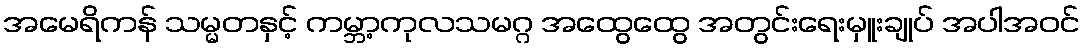
အမေရိကန် သမ္မတနှင့် ကမ္ဘာ့ကုလသမဂ္ဂ အထွေထွေ အတွင်းရေးမှူးချုပ် အပါအဝင်